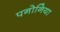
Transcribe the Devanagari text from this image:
पनोनिया